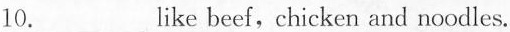
\underline{10.} like beef, chicken and noodles.